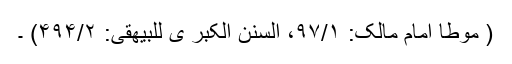
( موطا امام مالک: ۹۷/۱، السنن الکبر ی للبیھقی: ۴۹۴/۲) ۔